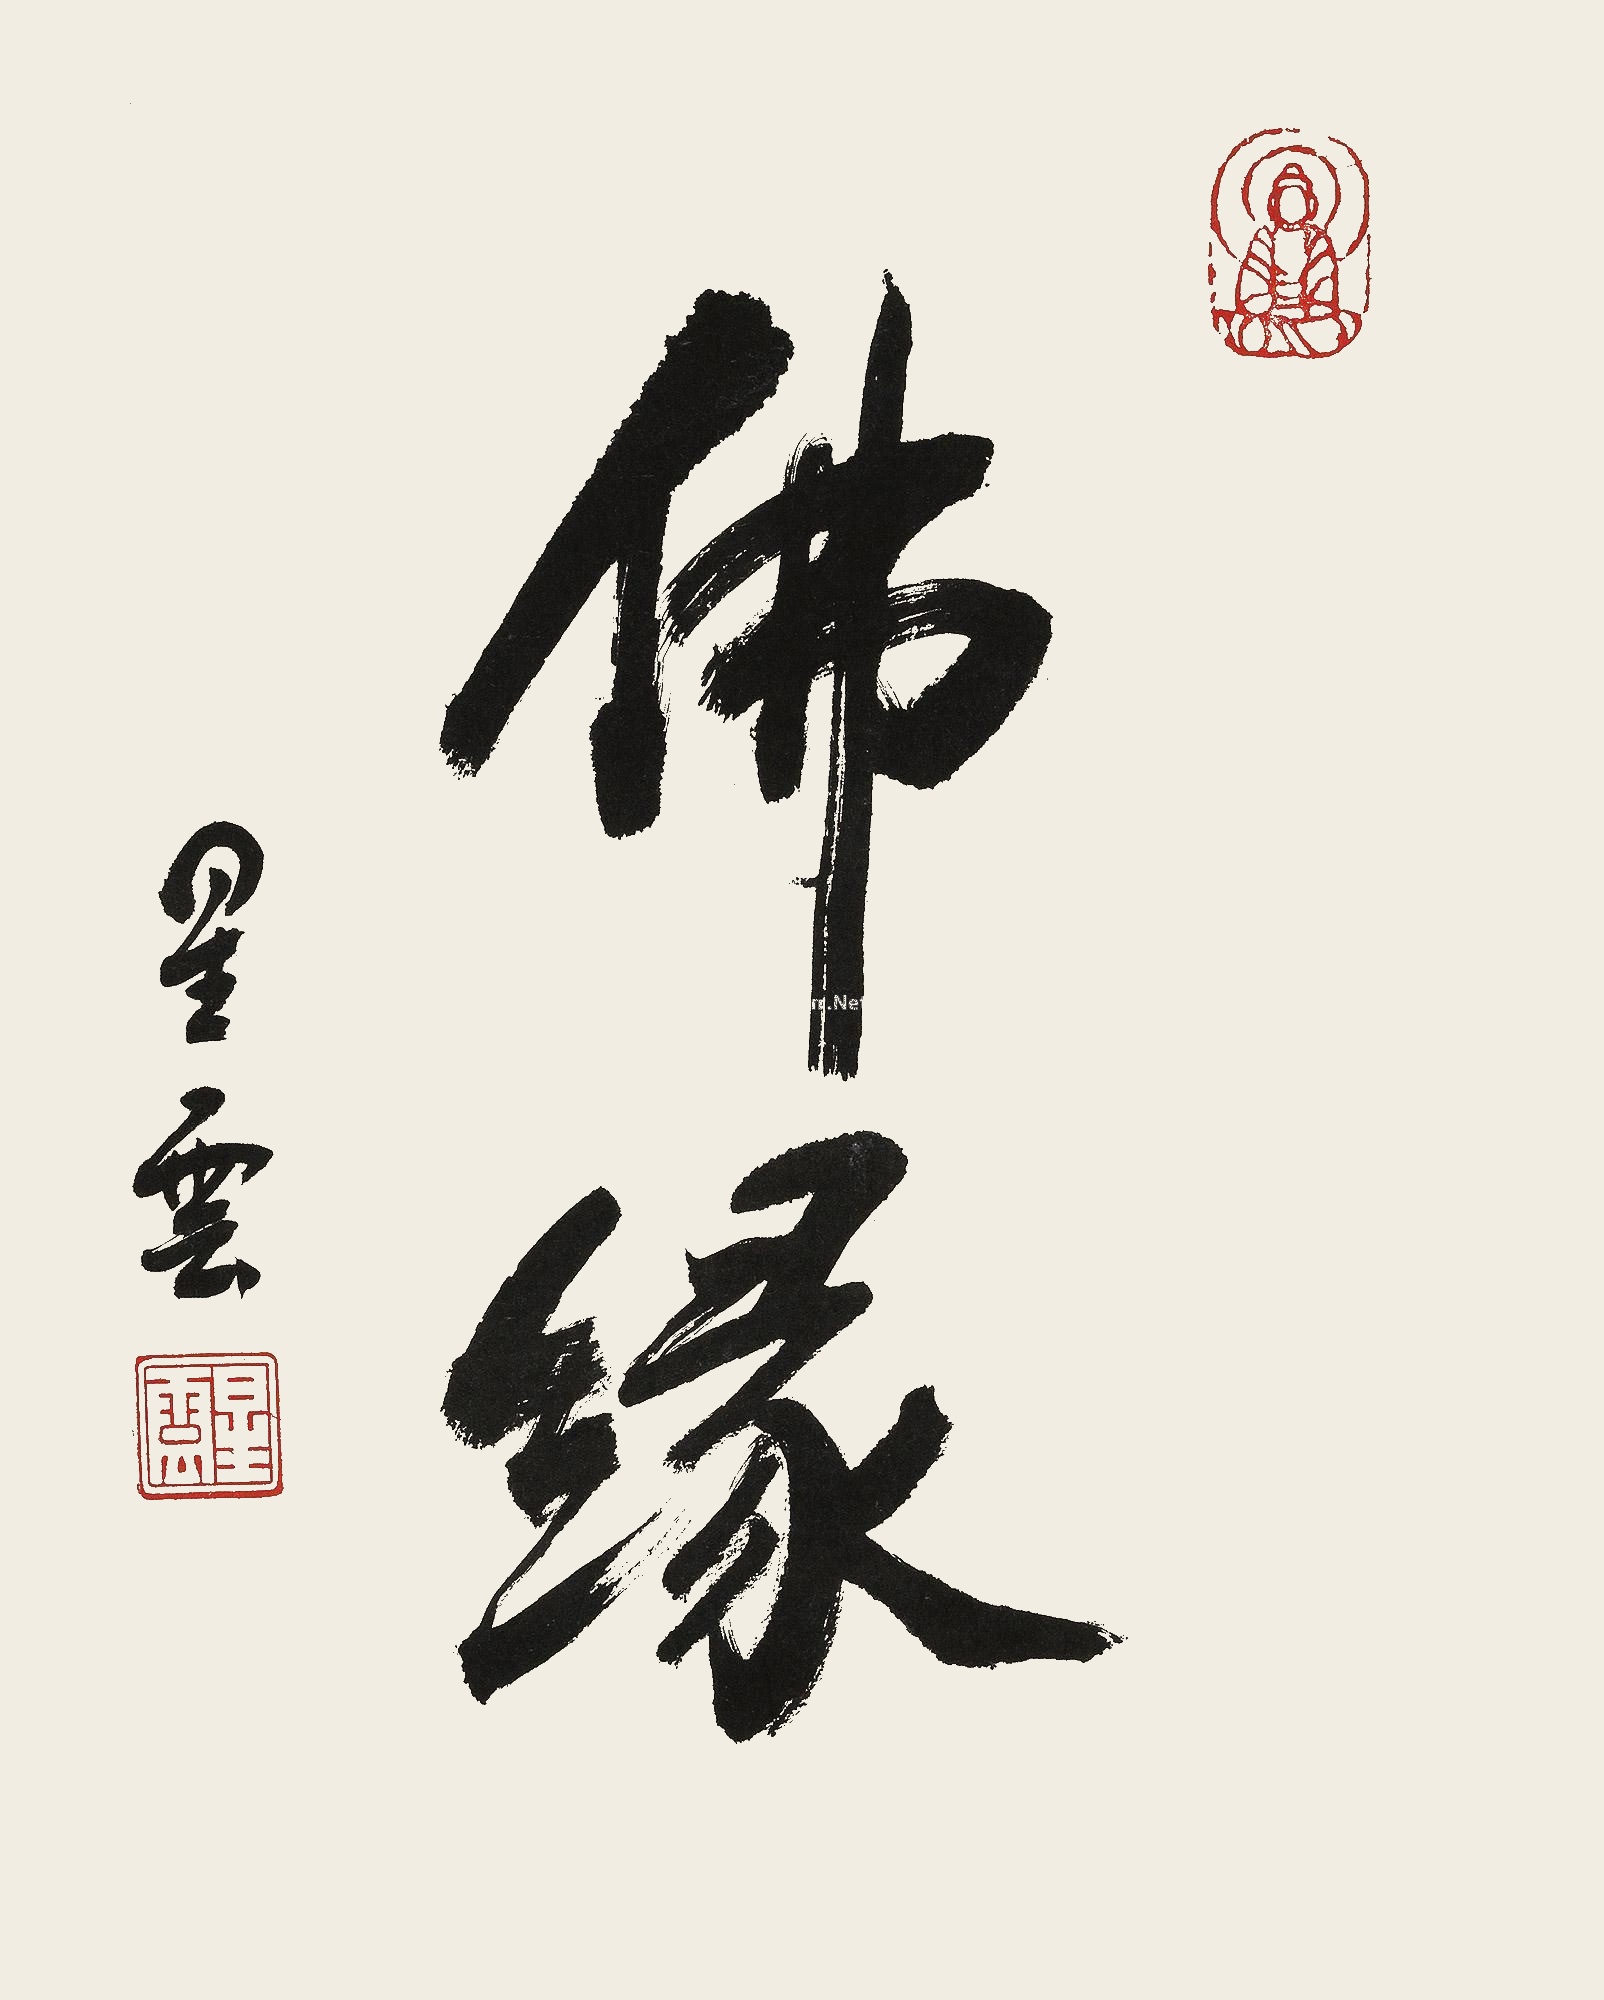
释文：佛缘星云。